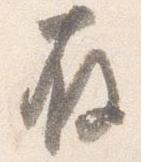
存